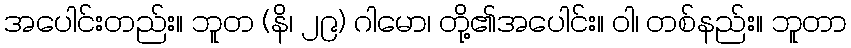
အပေါင်းတည်း။ ဘူတ (နိ၊ ၂၉) ဂါမော၊ တို့၏အပေါင်း။ ဝါ၊ တစ်နည်း။ ဘူတာ